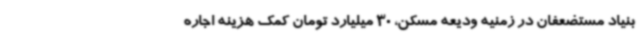
بنیاد مستضعفان در زمنیه ودیعه مسکن، 30 میلیارد تومان کمک هزینه اجاره